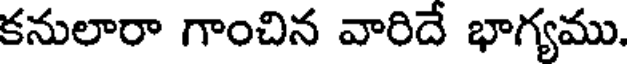
కనులారా గాంచిన వారిదే భాగ్యము.